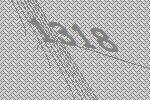
1318